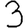
Digit: 3